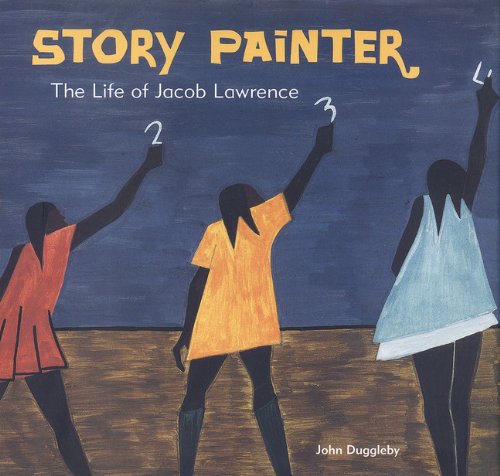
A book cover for Story Painter: The Life of Jacob Lawrence; John Duggleby; Teen & Young Adult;